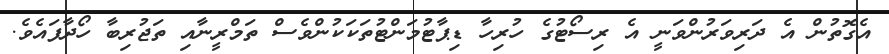
އެގޮތުން އެ ދަރިވަރުންވަނީ އެ ރިސޯޓުގެ ހުރިހާ ޑިޕާޓުމަންޓުތަކަކުންވެސް ތަމްރީނާއި ތަޖުރިބާ ހޯދާފައެވެ.